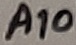
Text: A10